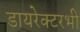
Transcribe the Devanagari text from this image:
डायरेक्टरभी